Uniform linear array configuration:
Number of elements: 8
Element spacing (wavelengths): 0.75
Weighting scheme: kaiser
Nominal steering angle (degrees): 15
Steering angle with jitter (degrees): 15.936
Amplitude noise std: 0.05
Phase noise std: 0.05

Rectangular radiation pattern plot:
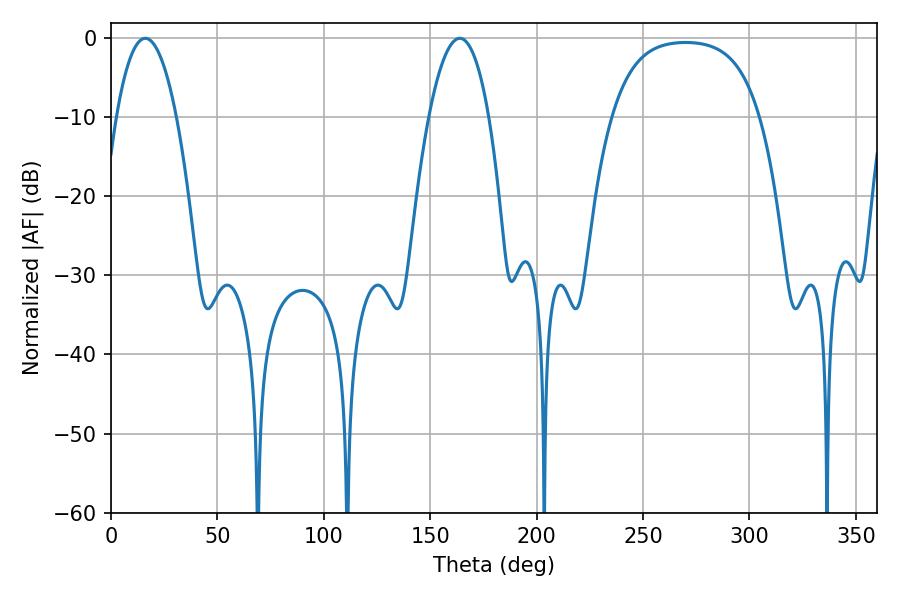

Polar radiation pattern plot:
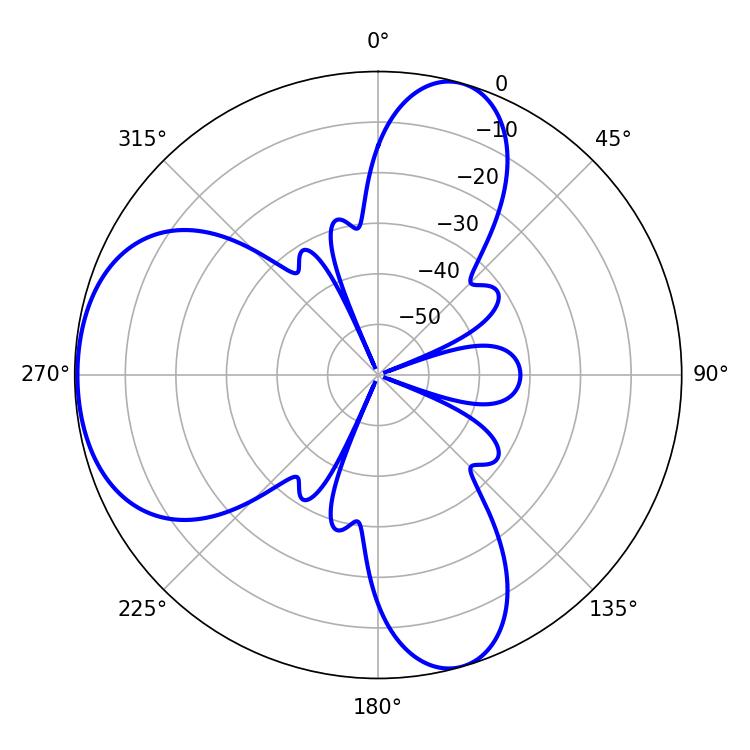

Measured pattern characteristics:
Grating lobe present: TRUE
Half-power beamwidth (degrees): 15.66
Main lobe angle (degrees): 16.2